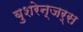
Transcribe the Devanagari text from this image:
बुशरेन्जर्स